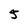
Character: 5